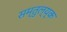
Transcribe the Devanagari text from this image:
सम्तुल्य्क